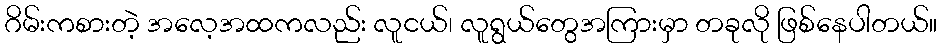
ဂိမ်းကစားတဲ့ အလေ့အထကလည်း လူငယ်၊ လူရွယ်တွေအကြားမှာ တခုလို ဖြစ်နေပါတယ်။